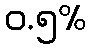
ဝ.၅%